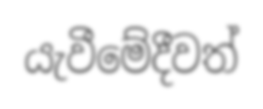
යැවීමේදීවත්